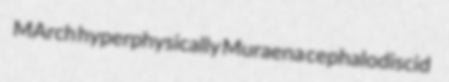
MArch hyperphysically Muraena cephalodiscid